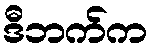
ဒီဘက်က